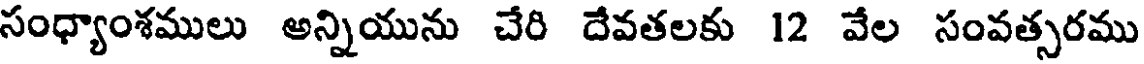
సంధ్యాంశములు అన్నియును చేరి దేవతలకు 12 వేల సంవత్సరము